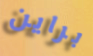
براين